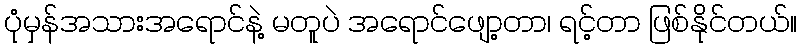
ပုံမှန်အသားအရောင်နဲ့ မတူပဲ အရောင်ဖျော့တာ၊ ရင့်တာ ဖြစ်နိုင်တယ်။